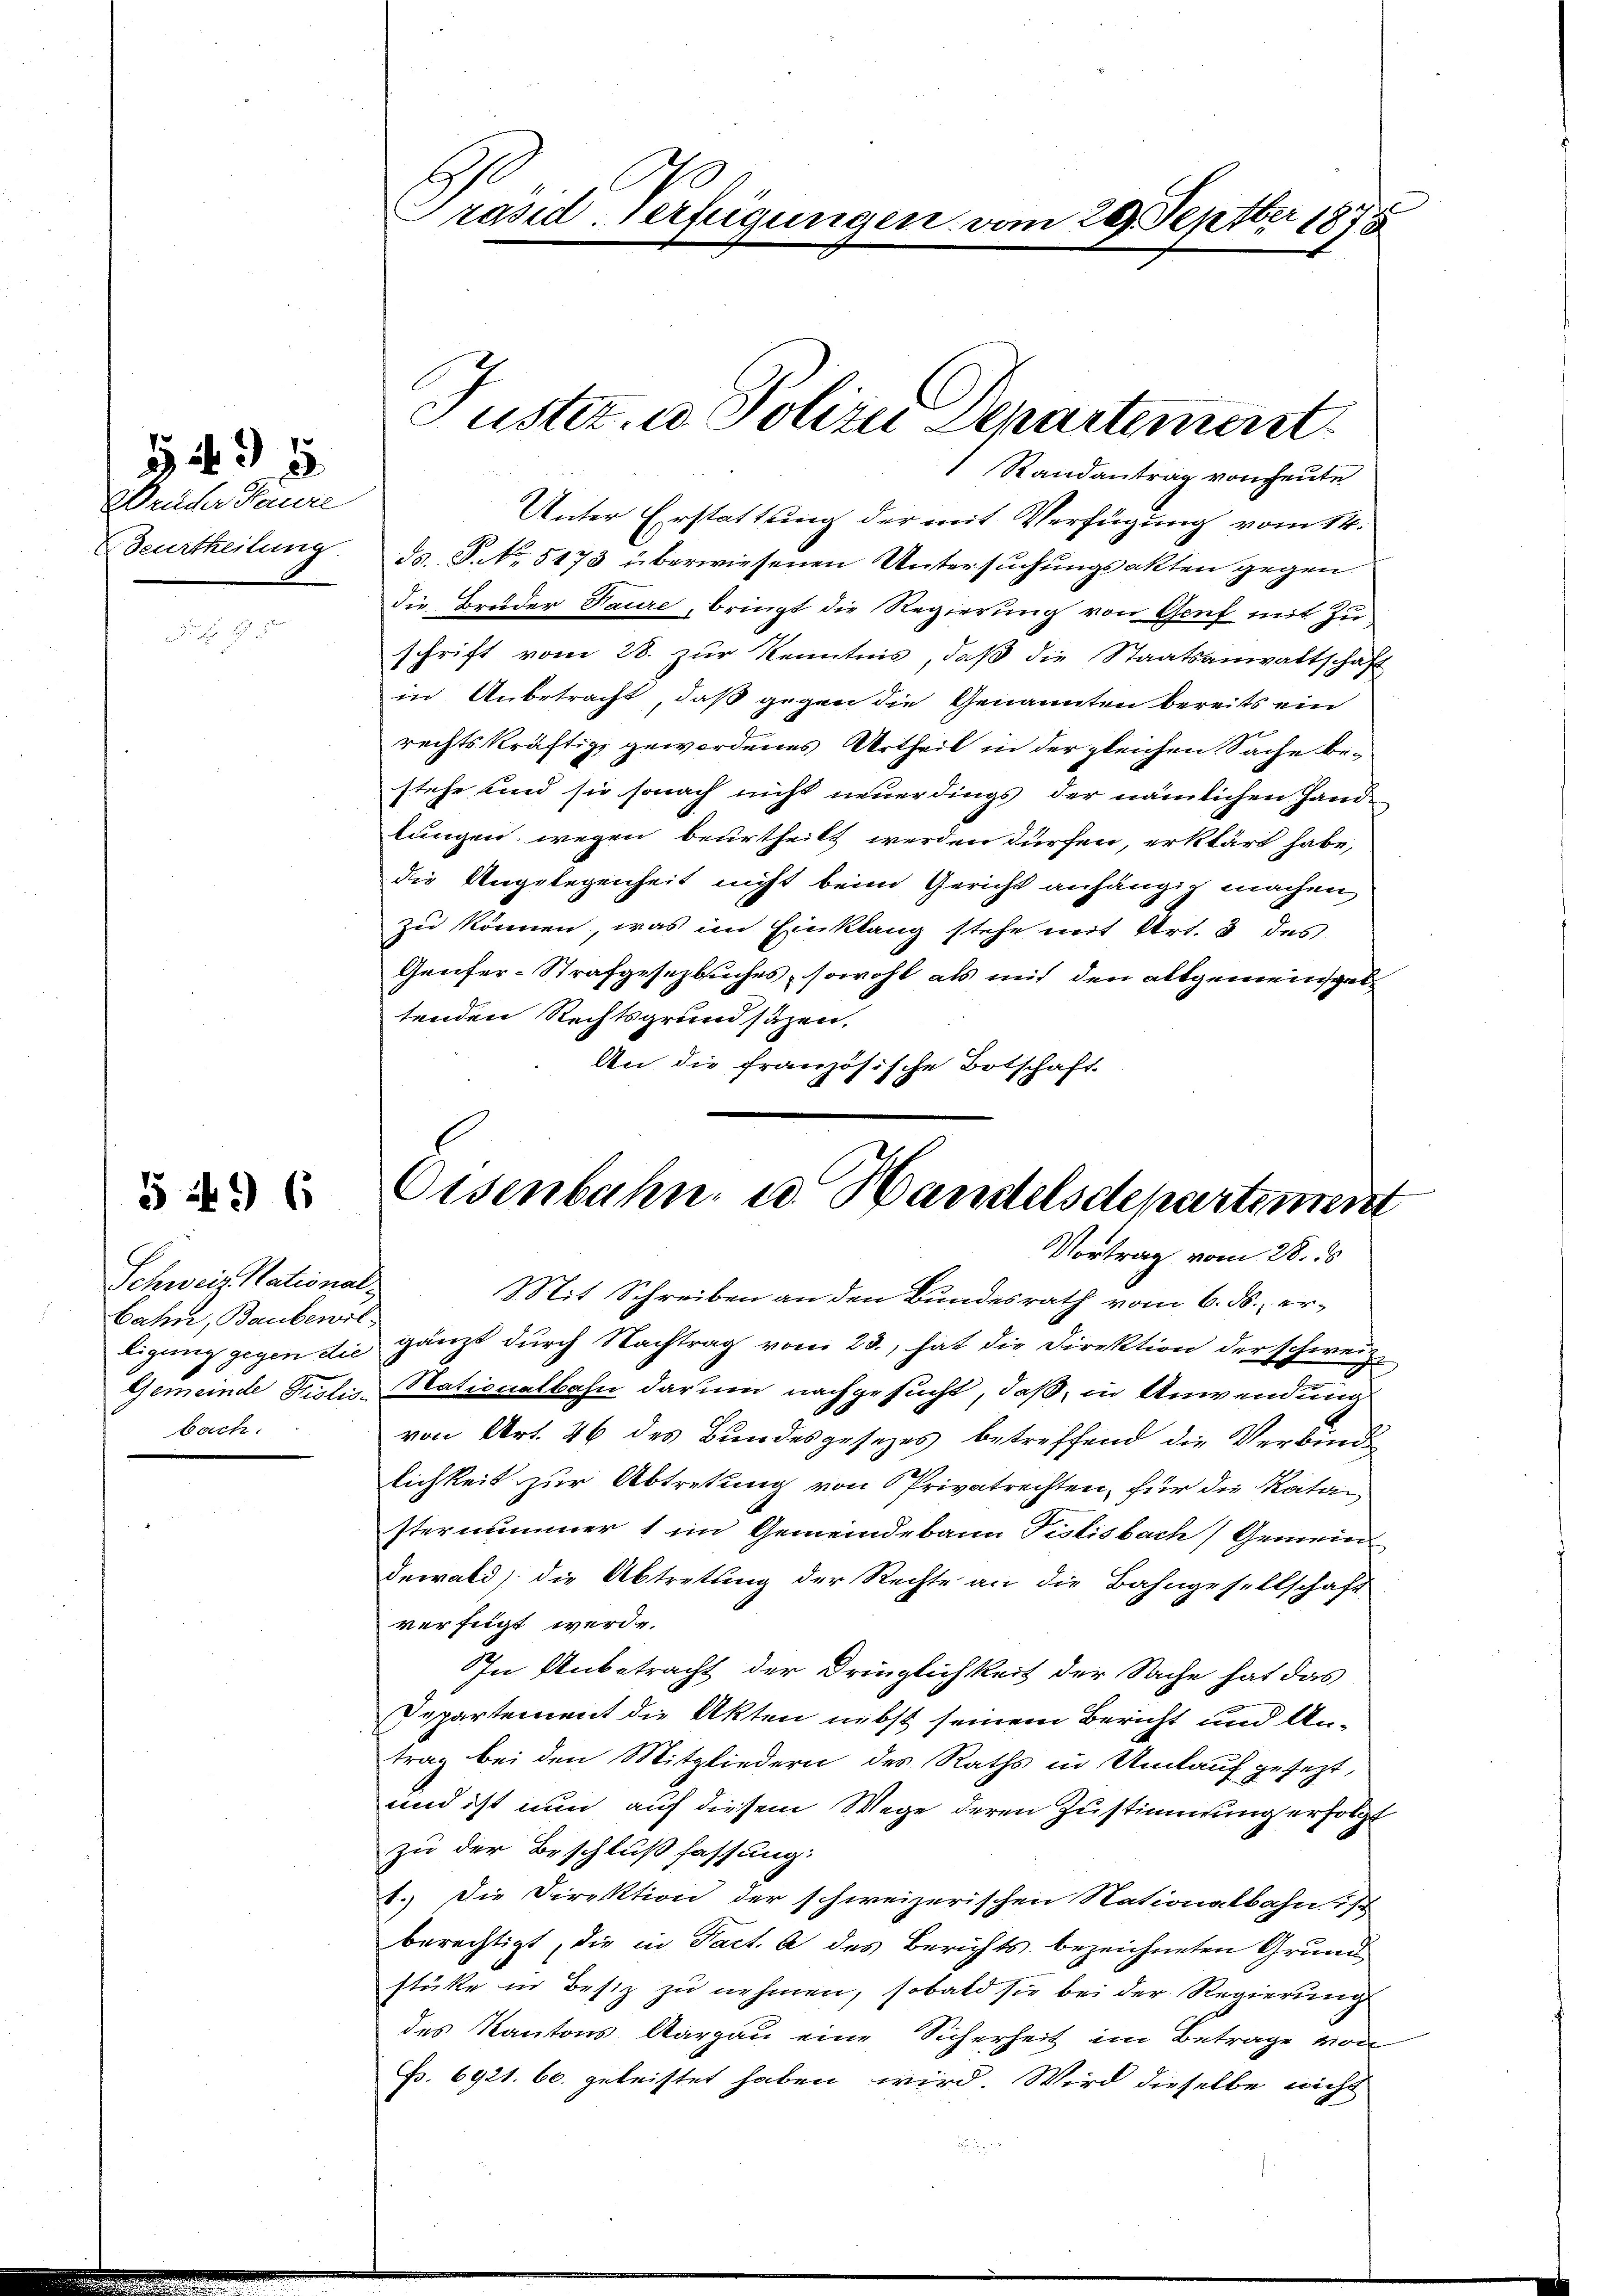
Wrüder Haure
Beurtheilung.

3 495.

S 496

Schweiz. National-
bahn, Baubewil-
bach.

Unter Erstattung der mit Verfügung vom 14.
ds. S. No. 5173 überwiesenen Untersuchungsakten gegen.
die Bruder Paure, bringt die Regierung von Genf mit Zu
schrift vom 28. zur Kenntnis, daß die Staatsanwaltschaft
in Anbetracht, daß gegen die Genannten bereits ein
rechtskräftig gewordenes Urtheil in der gleichen Sache bestehe und sie sonach nicht neuerdings der nämlichen Handlungen wegen beurtheilt werden dürfen, erklärt habe,
die Angelegenheit nicht beim Gericht anhängig machen
zu können, was im Einklang stehe mit Art. 3 des
Genfer-Strafgesezbuches, sowohl als mit den allgemeinsgeltenden Rechtsgrundsäzen,
An die französische Botschaft

Präsid. Verfügungen vom 29. Septbr 1875

Justiz u. Polizei Departement
Randantrag von heute

Eisenbahn u Handelsdepartement
Vortrag vom 28. ds

Mit Schreiben an den Bundesrath vom 6. ds. er¬
Eigung gegen die gänzt dŭrch Nachtrag vom 23., hat die Direktion der schweiz.
Gemeinde Priotis Nationalbahn darum nachgesucht, daß, in Anwendung
von Art. 46 des Bundesgesezes betreffend die Verbind
lichkeit zur Abtretung von Privatrechten, für die Katan
sternummer 1 im Gemeindebann Pislisbach, Gemein
dewald, die Abtretung der Rechte an die Bahngesellschaft
verfügt werde.
In Unbetracht der Dringlichkeit der Sache hat das
Departement die Akten nebst seinem Bericht und An-
trag bei den Mitgliedern des Raths in Umlauf gesezt,
und ist nun auf diesem Wege deren Zustimmung erfolgt
zu der Beschluß fassung:
1.) Die Direktion der schweizerischen Nationalbahn ist
berechtigt, die in Fact. A des Berichts bezeichneten Grund
stükte in Besiz zu nehmen, sobald sie bei der Regierung
des Kantons Aargau eine Sicherheit im Betrage von
p. 6921. 60. geleistet haben wird. Wird dieselbe nicht